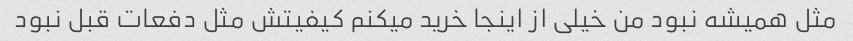
مثل همیشه نبود من خیلی از اینجا خرید میکنم کیفیتش مثل دفعات قبل نبود